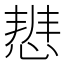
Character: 𭝢